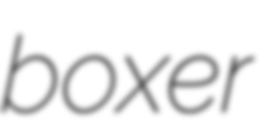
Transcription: boxer